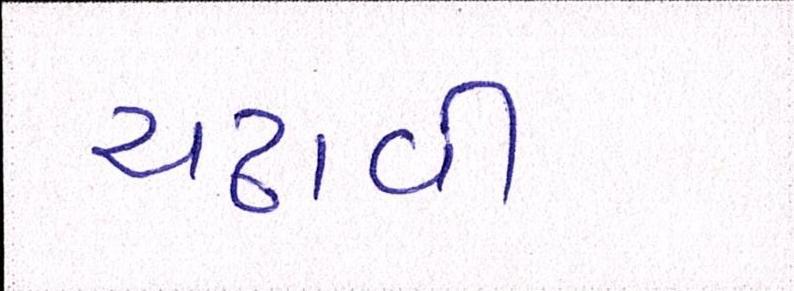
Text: ચઢાવી